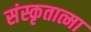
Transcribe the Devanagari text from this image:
संस्कृतात्मा